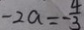
- 2 a = - \frac { 4 } { 3 }